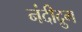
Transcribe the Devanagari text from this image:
नंदीद्रुग